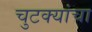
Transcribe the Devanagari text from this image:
चुटक्यांचा